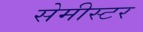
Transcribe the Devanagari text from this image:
सेमीस्टर